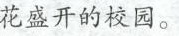
花盛开的校园。